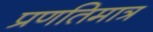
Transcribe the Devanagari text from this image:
प्रणतिमात्र